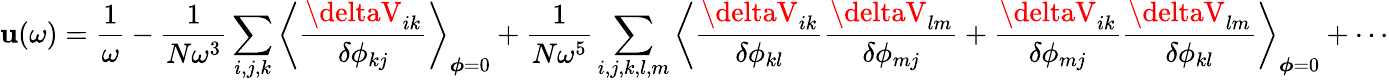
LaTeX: \mathbf{u}(\omega)=\frac{{1}}{{\omega}}-\frac{{1}}{{N\omega^{3}}}\sum_{i,j,k}\left\langle\frac{{\deltaV_{ik}}}{{\delta\phi_{kj}}}\right\rangle_{\boldsymbol{\phi}=0}+\frac{{1}}{{N\omega^{5}}}\sum_{i,j,k,l,m}\left\langle\frac{{\deltaV_{ik}}}{{\delta\phi_{kl}}}\frac{{\deltaV_{lm}}}{{\delta\phi_{mj}}}+\frac{{\deltaV_{ik}}}{{\delta\phi_{mj}}}\frac{{\deltaV_{lm}}}{{\delta\phi_{kl}}}\right\rangle_{\boldsymbol{\phi}=0}+\cdots